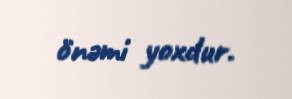
önəmi yoxdur.